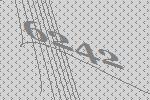
6242